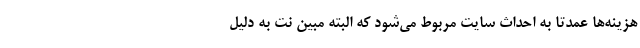
هزینه‌ها عمدتا به احداث سایت مربوط می‌شود که البته مبین نت به دلیل